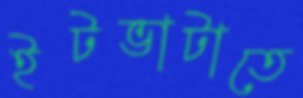
ইটভাটাতে